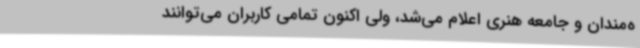
ه‌مندان و جامعه هنری اعلام می‌شد، ولی اکنون تمامی کاربران می‌توانند